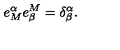
e _ { M } ^ { \alpha } e _ { \beta } ^ { M } = \delta _ { \beta } ^ { \alpha } .